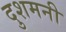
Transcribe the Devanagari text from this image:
दुशमनी